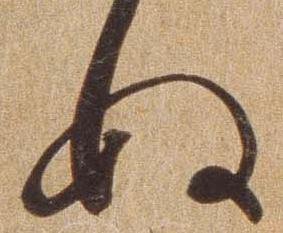
ぬ